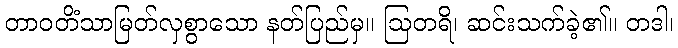
တာဝတိံသာမြတ်လှစွာသော နတ်ပြည်မှ။ ဩတရိ၊ ဆင်းသက်ခဲ့၏။ တဒါ၊